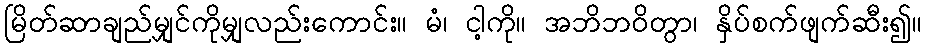
မြိတ်ဆာချည်မျှင်ကိုမျှလည်းကောင်း။ မံ၊ ငါ့ကို။ အဘိဘဝိတွာ၊ နှိပ်စက်ဖျက်ဆီး၍။